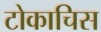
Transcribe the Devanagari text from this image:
टोकाचिस